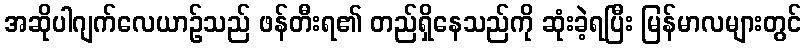
အဆိုပါဂျက်လေယာဉ်သည် ဖန်တီးရ၏ တည်ရှိနေသည်ကို ဆုံးခဲ့ရပြီး မြန်မာလများတွင်